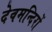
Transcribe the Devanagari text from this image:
देवमन्दिरों